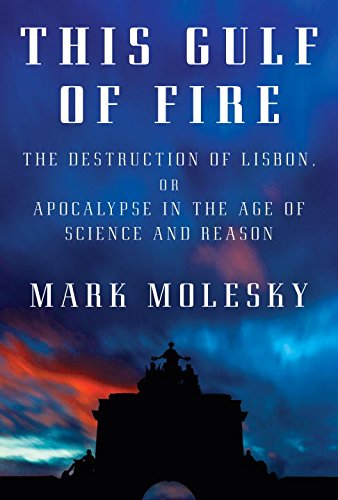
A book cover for This Gulf of Fire: The Destruction of Lisbon, or Apocalypse in the Age of Science and Reason; Mark Molesky; Science & Math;